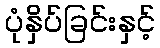
ပုံနှိပ်ခြင်းနှင့်